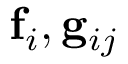
\mathbf { f } _ { i } , \mathbf { g } _ { i j }